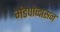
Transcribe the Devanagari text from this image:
मंडपोव्दासन